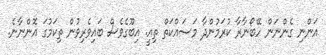
އަންނި ގެންނަން ހޭބޯނާރާ ކުރަމުންދާ މަސައްކަތް ތިއީ. އިބޫގެވެސް ބައިވެރިވުން ތިކަމުގަ އޮންނާނެ.